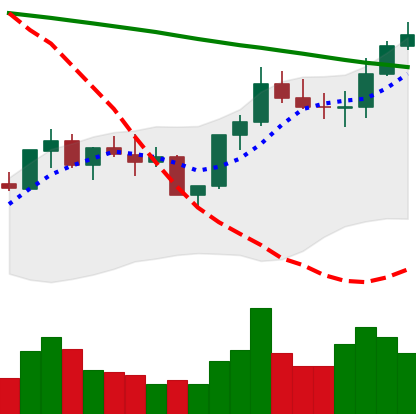
Ticker: BNB-USD
Chart end date: 2022-08-05
Forward return: 4.215%
Label: up_3_5